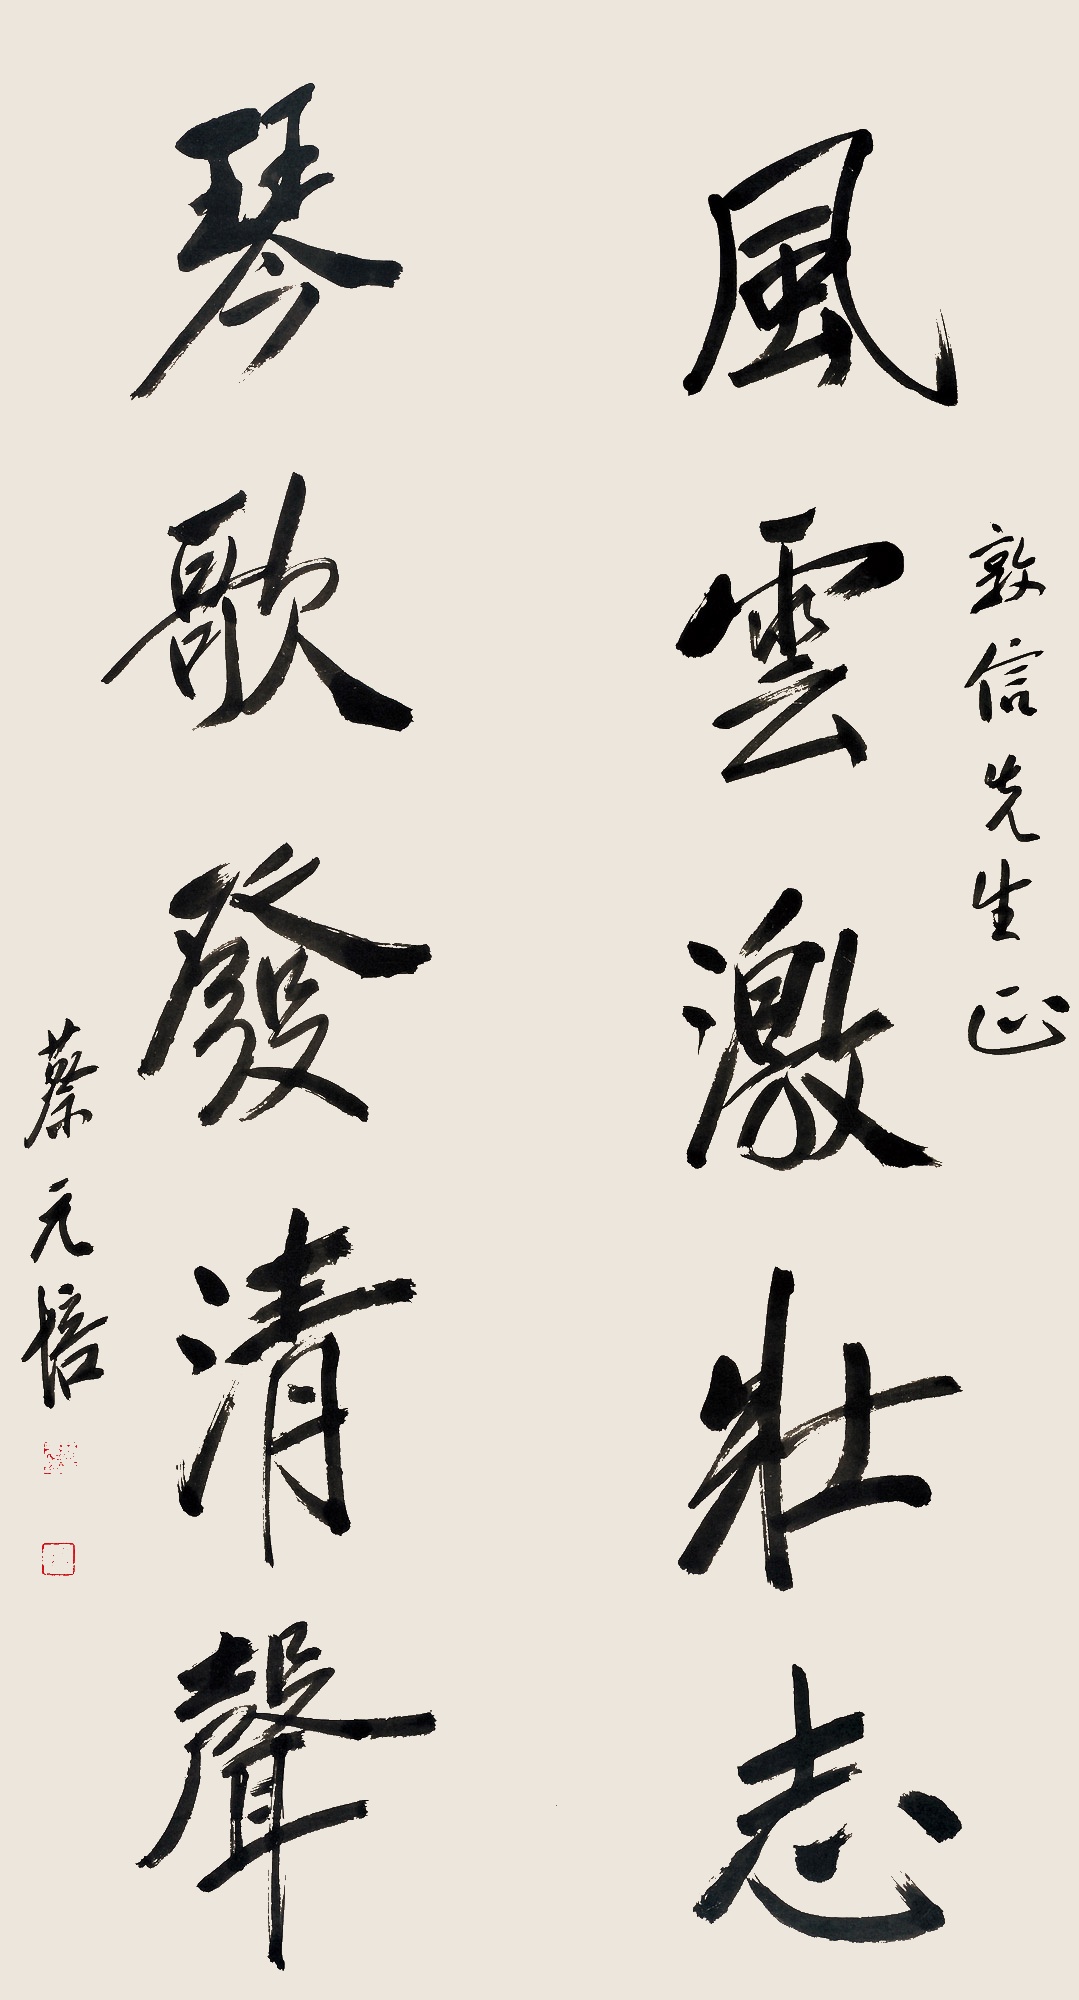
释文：风云激壮志，琴歌发清声。敦信先生正。蔡元培。